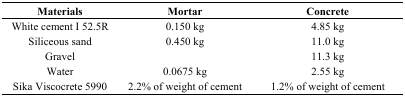
<table><thead><tr><td><b>Materials</b></td><td><b>Mortar</b></td><td><b>Concrete</b></td></tr></thead><tbody><tr><td>White cement I 52.5R</td><td>0.150 kg</td><td>4.85 kg</td></tr><tr><td>Siliceous sand</td><td>0.450 kg</td><td>11.0 kg</td></tr><tr><td>Gravel</td><td></td><td>11.3 kg</td></tr><tr><td>Water</td><td>0.0675 kg</td><td>2.55 kg</td></tr><tr><td>Sika Viscocrete 5990</td><td>2.2% of weight of cement</td><td>1.2% of weight of cement</td></tr></tbody></table>